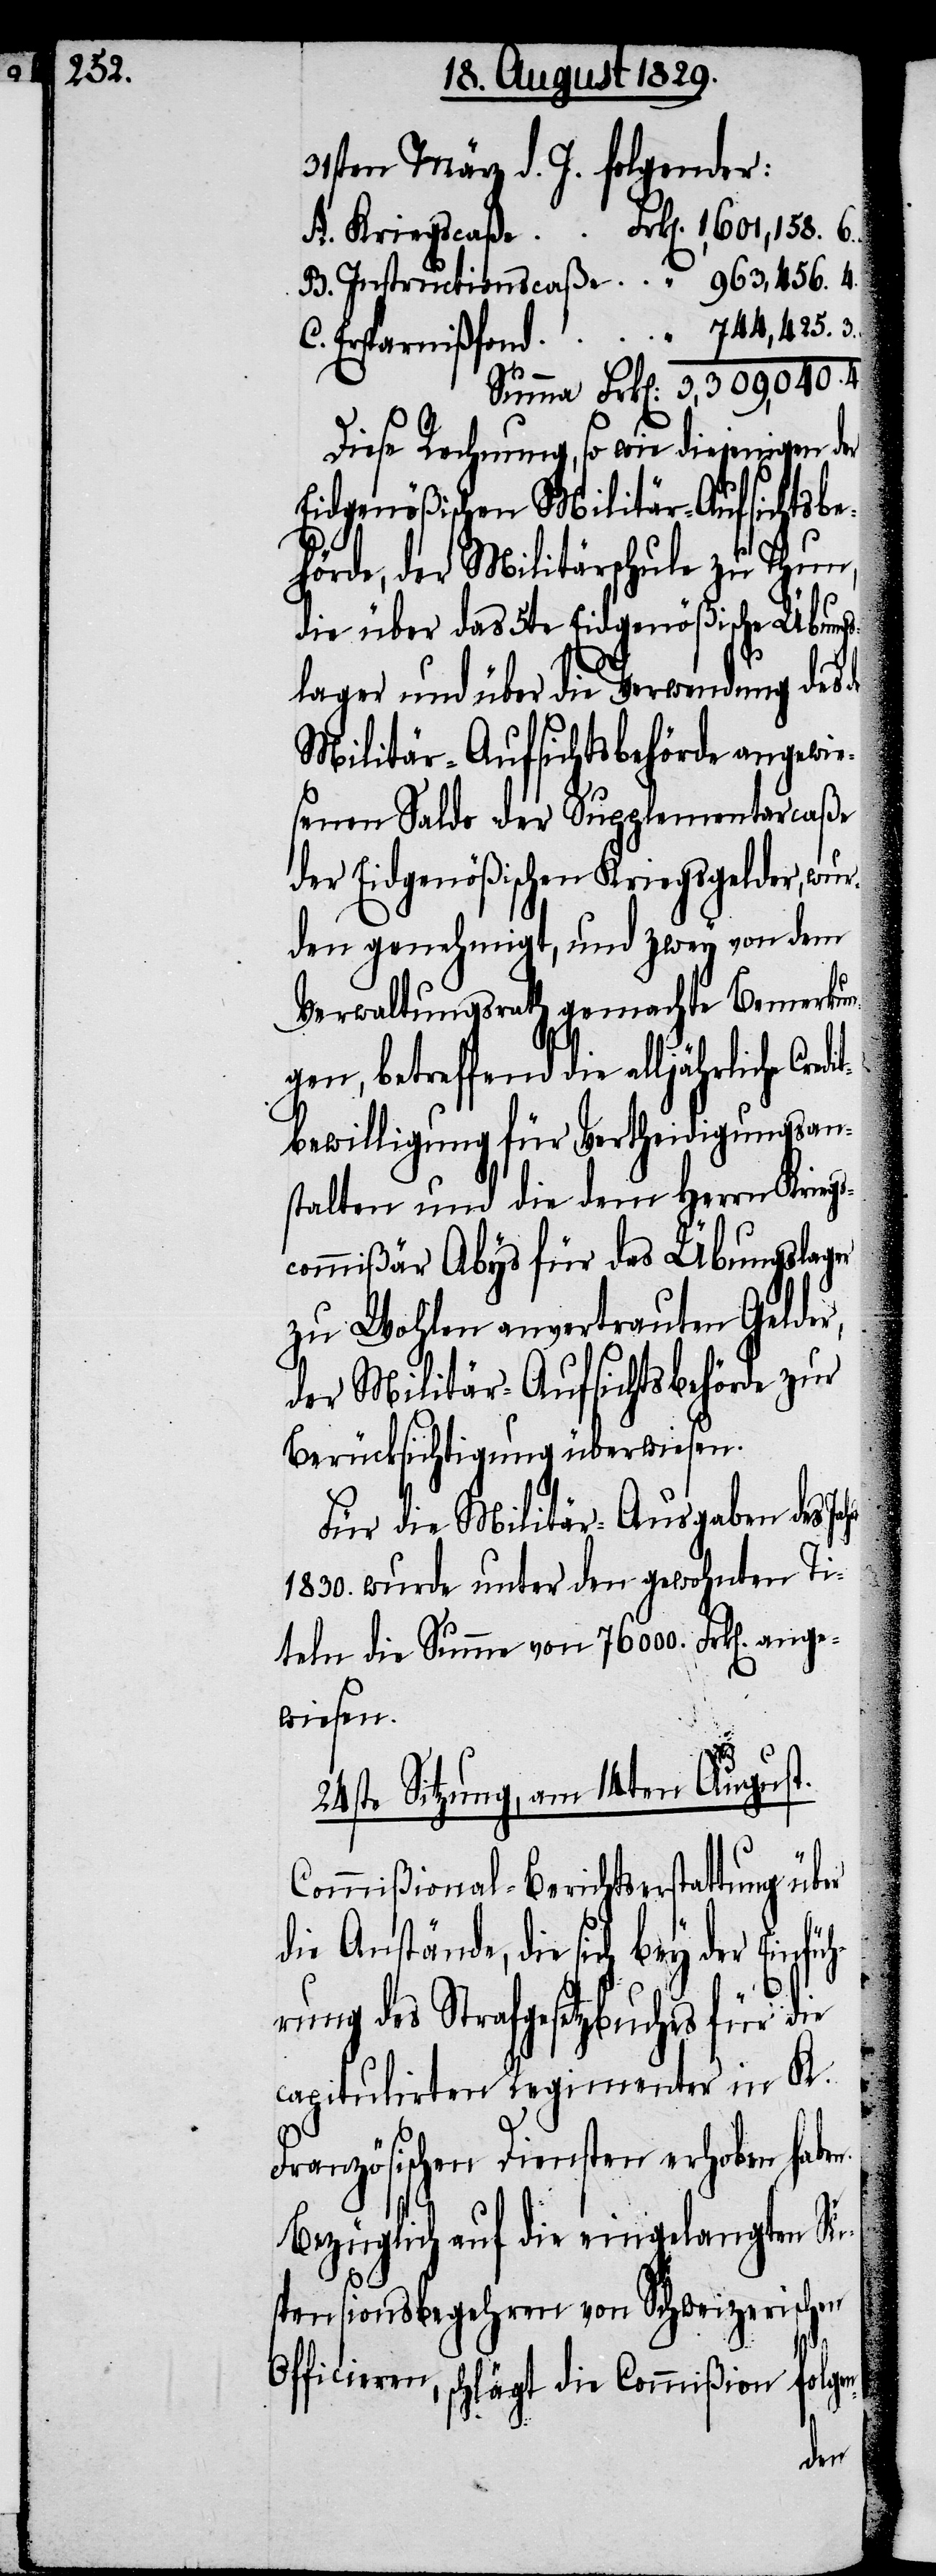
31sten März d. J. folgender:
A. Kriegscaße	Frk[en]. 1,601,158. 6.
B. Instructionscaße	 “ 963,456. 4.
C. Ersparnißfond	 “ 744,425. 3.
Summa Frk[en]. 3,309,040. 3.
Diese Rechnung, so wie diejenigen der
Eidgenößischen Militär-Aufsichtsbe¬
hörde, der Militärschule zu Thun,
die über das 5te Eidgenößische Übungs¬
lager und über die Verwendung des
Militär-Aufsichtsbehörde angewie¬
sene Saldo der Supplementarcaße
der Eidgenößischen Kriegsgelder, wur¬
den genehmigt, und zwey von dem
Verwaltungsrath gemachte Bemerku¬
ngen, betreffend die alljährliche Cre¬
bewilligung für Vertheidigungsan¬
stalten und die dem Herrn Kriegs¬
commißär Abys für das Übungslager
zu Wohlen anvertrauten Gelder,
der Militär-Aufsichtsbehörde zur
Berücksichtigung überwiesen.
Für die Militär-Ausgaben des
1830. wurde unter den gewohnten Ti¬
teln die Summe von 76000. Frk[en]. ange¬
wiesen.
24ste Sitzung, am 14te August.
n-
Commißional-Berichterstattung über
die Anstände, die sich bey der Ei¬
hrung des Strafgesetzbuches für die
capitulirten Regimenter in K.
Französischen Diensten erhoben haben.
Bezüglich auf die eingelangten Su¬
spensionsbegehren von Schweizerischen
Officieren, schlägt die Commißion folge¬
der